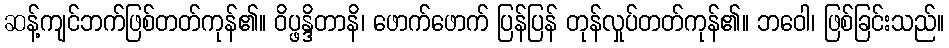
ဆန့်ကျင်ဘက်ဖြစ်တတ်ကုန်၏။ ဝိပ္ဖန္ဒိတာနိ၊ ဖောက်ဖောက် ပြန်ပြန် တုန်လှုပ်တတ်ကုန်၏။ ဘဝေါ၊ ဖြစ်ခြင်းသည်။